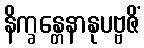
နိက္ခန္တေနာနုပဗ္ဗဇိံ